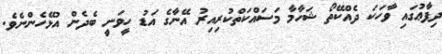
ދިފާޢުގައި ވާހަކަ ދެއްކޭތޯ ޝަހާމާ މަސައްކަތްކުރިއިރު އޭނާގެ އަޑު ހީވަނީ ބެދެން އުޅޭހެންނެވެ.